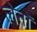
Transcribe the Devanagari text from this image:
लेनॉ